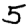
Digit: 5